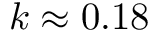
k \approx 0 . 1 8